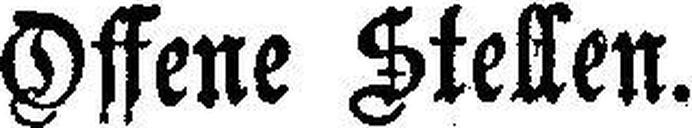
Offene Stellen.